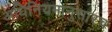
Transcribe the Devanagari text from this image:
अधिनियमानुसारच